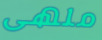
ملهى